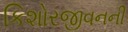
કિશોરજીવનની